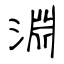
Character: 淵